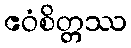
ဧဝံစိတ္တဿ